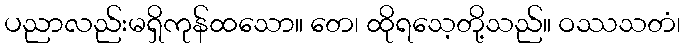
ပညာလည်းမရှိကုန်ထသော။ တေ၊ ထိုရသေ့တို့သည်။ ဝဿသတံ၊